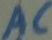
Text: AC